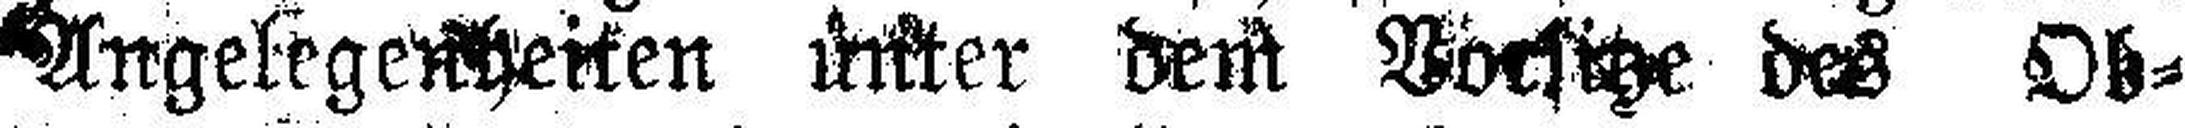
Angelegenheiten unter dem Vorsitze des Ob¬